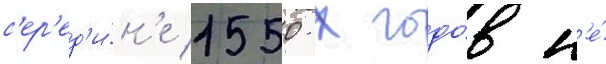
с'ер'ед'и́н'е 1550-х годо́в н'е́